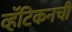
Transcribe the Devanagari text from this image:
व्हॅटिकनची